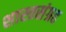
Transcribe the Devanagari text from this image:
शास्त्रसंग्रह